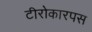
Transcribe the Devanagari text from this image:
टीरोकारपस